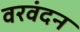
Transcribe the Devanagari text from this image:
वरवंदन